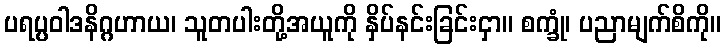
ပရပ္ပဝါဒနိဂ္ဂဟာယ၊ သူတပါးတို့အယူကို နှိပ်နင်းခြင်းငှာ။ စက္ခုံ၊ ပညာမျက်စိကို။